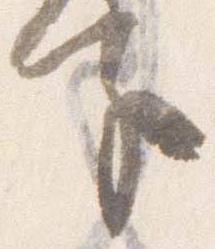
子